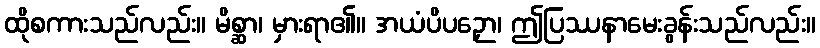
ထိုစကားသည်လည်း။ မိစ္ဆာ၊ မှားရာ၏။ အယံပိပဉှော၊ ဤပြဿနာမေးခွန်းသည်လည်း။